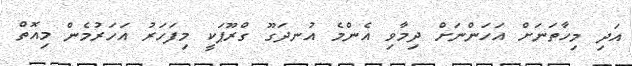
އަދި މިހާތަނަށް އަހަންނަށް ދިމާވި އެންމެ އުނދަގޫ ގްރޫޕަކީ މިފަހަރު އަހަރުމެން މިއޮތް